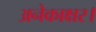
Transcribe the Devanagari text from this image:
अनेकाक्षर।